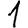
Digit: 1